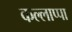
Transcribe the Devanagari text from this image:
कल्लाप्पा